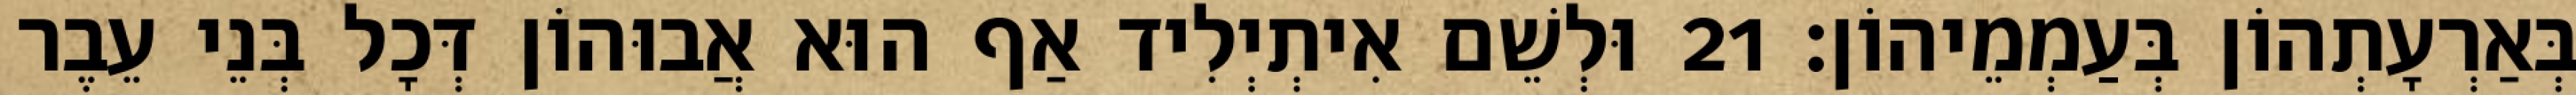
בְּאַרְעָתְהוֹן בְּעַמְמֵיהוֹן׃ 21 וּלְשֵׁם אִיתְיְלִיד אַף הוּא אֲבוּהוֹן דְּכָל בְּנֵי עֵבֶר